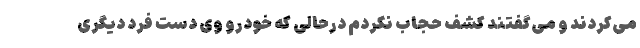
می‌کردند و می‌گفتند کشف حجاب نکردم درحالی که خودرو وی دست فرد دیگری